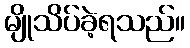
မျိုသိပ်ခဲ့ရသည်။